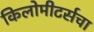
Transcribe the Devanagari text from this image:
किलोमीटर्सचा